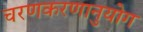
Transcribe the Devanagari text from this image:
चरणकरणानुयोग